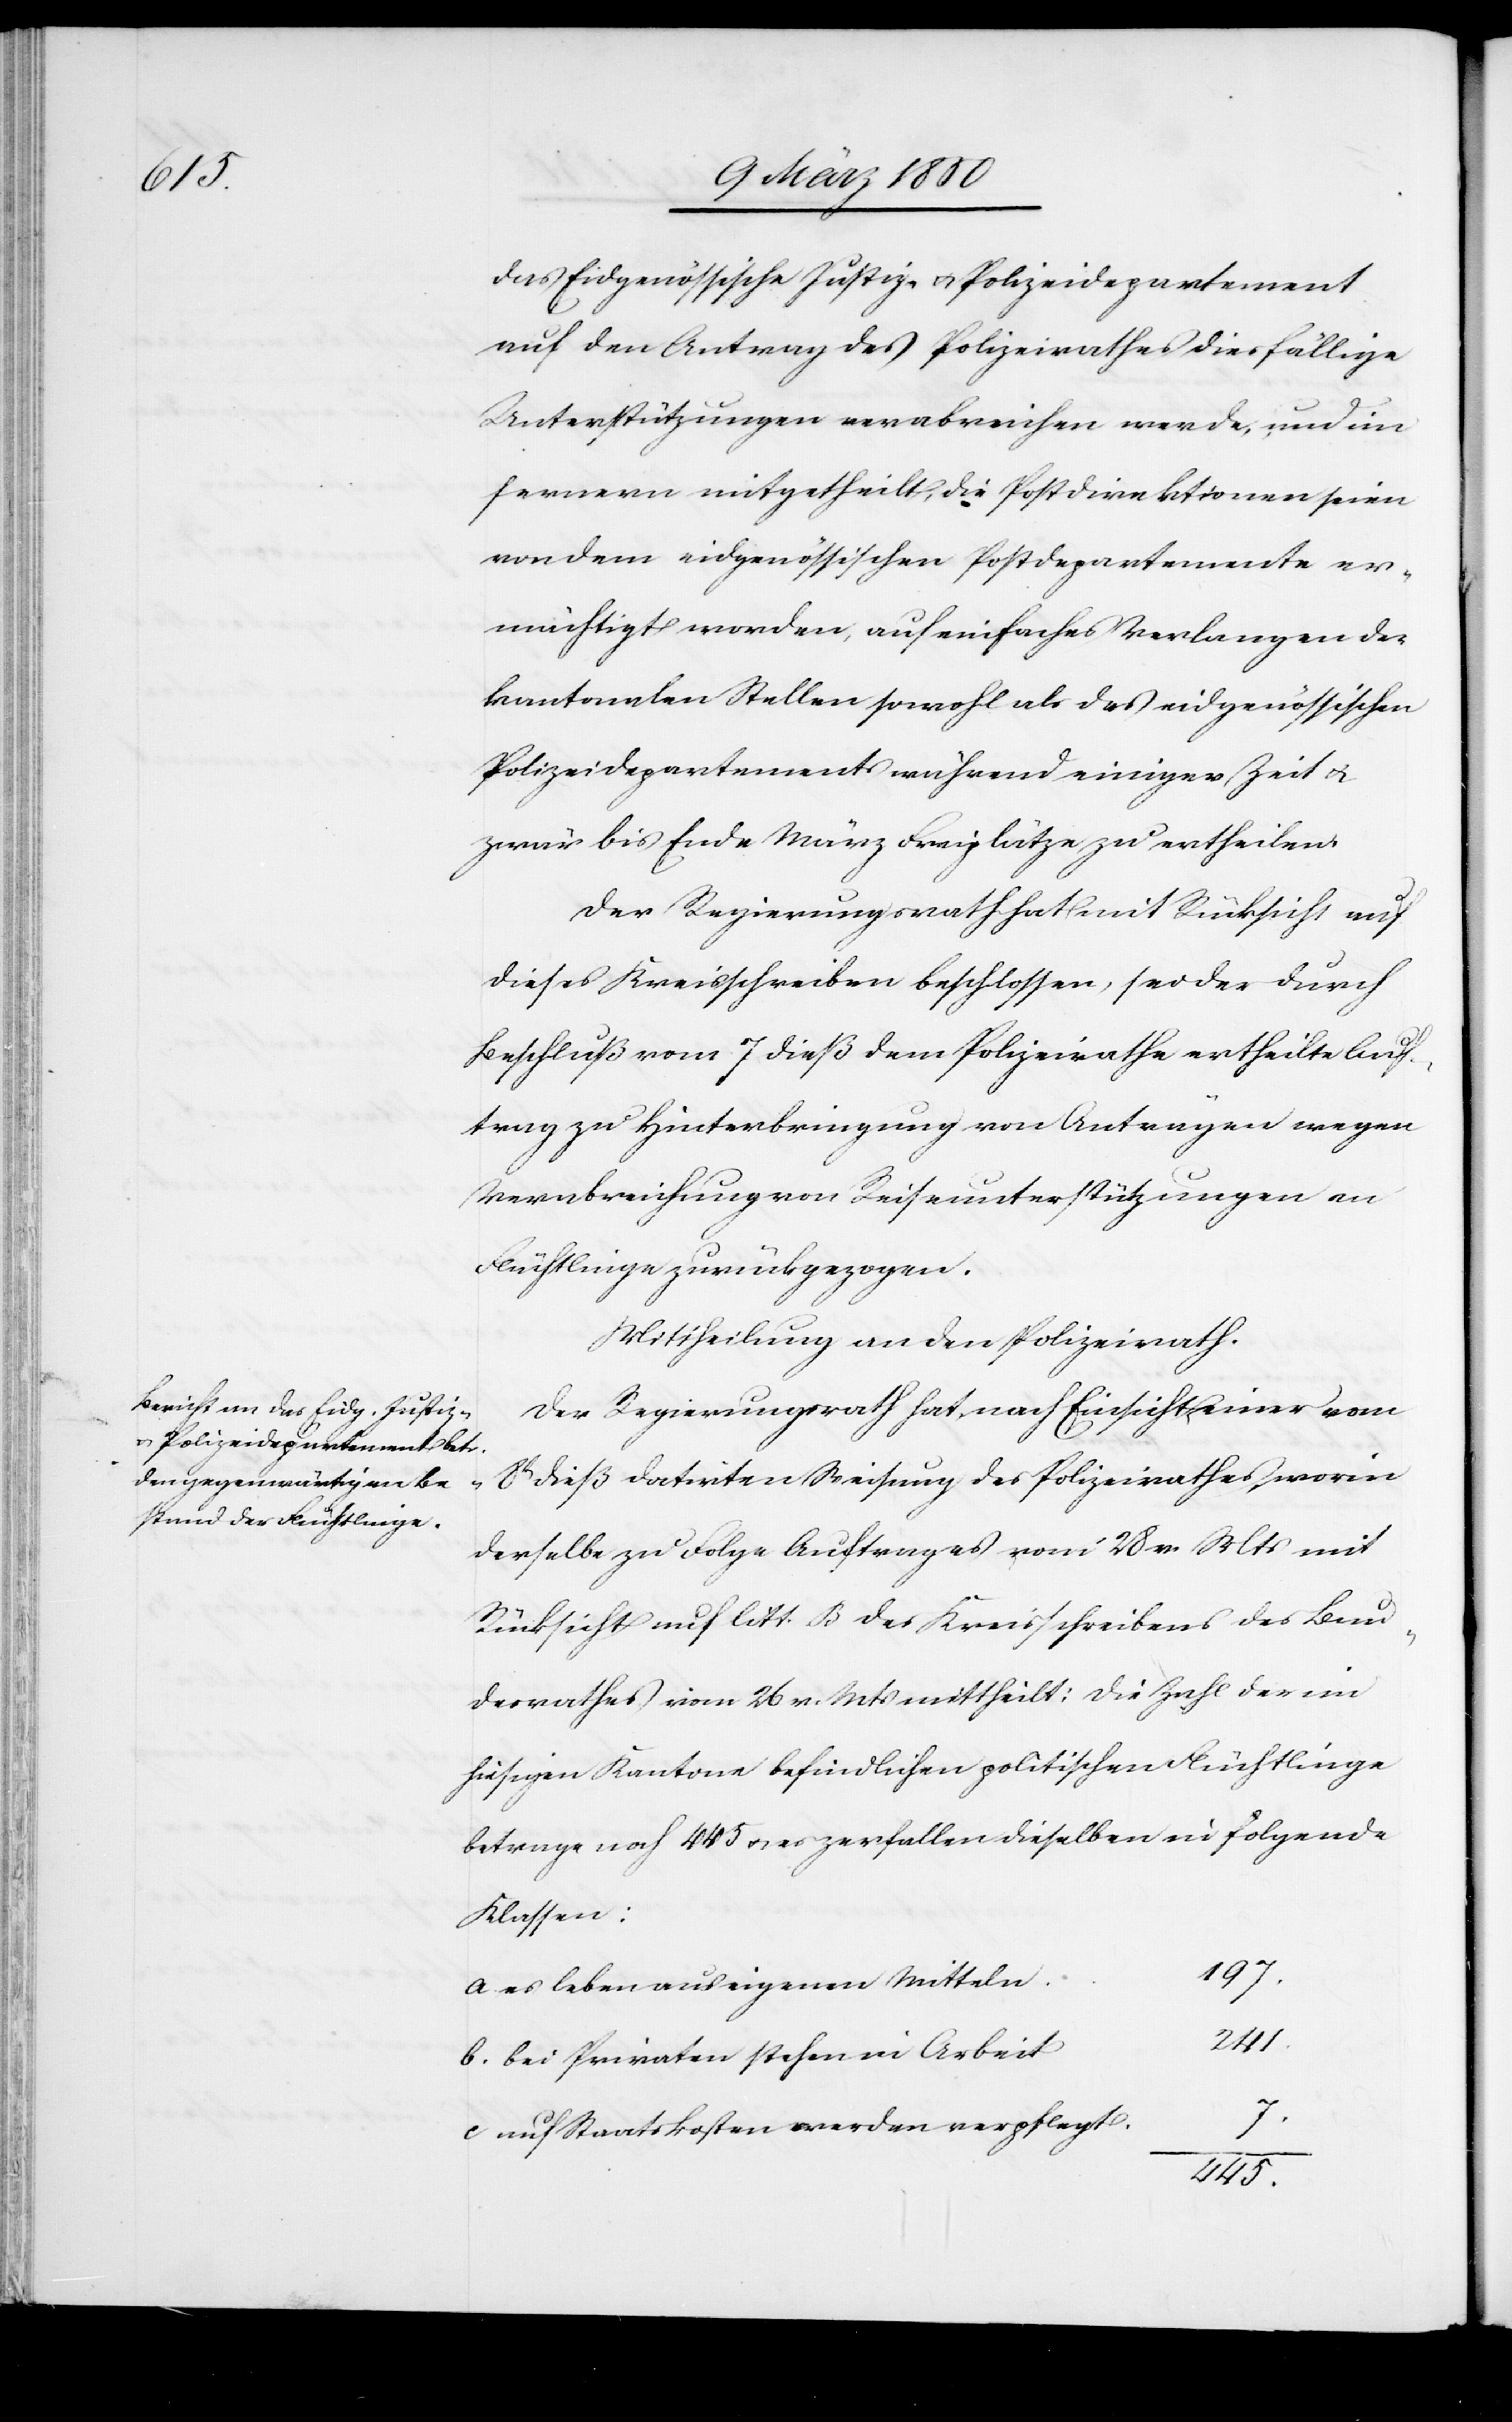
das Eidgenössische Justiz- u. Polizeidepartement
auf den Antrag des Polizeirathes diesfällige
Unterstützungen verabreichen werde, und im
fernern mitgetheilt, die Postdirektionen seien
von dem eidgenössischen Postdepartemente er¬
mächtigt worden, auf einfaches Verlangen der
kantonalen Stellen sowohl als des eidgenössischen
Polizeidepartements während einiger Zeit u.
zwar bis Ende März Freiplätze zu ertheilen.
Der Regierungsrath hat mit Rücksicht auf
dieses Kreisschreiben beschlossen, sei der durch
Beschluß vom 7 dieß dem Polizeirathe ertheilte Auf¬
trag zu Hinterbringung von Anträgen wegen
Verabreichung von Reiseunterstützungen an
Flüchtlinge zurückgezogen.
Mittheilung an den Polizeirath.
Der Regierungsrath hat, nach Einsicht einer vom
8t dieß datirten Weisung des Polizeirathes, worin
derselbe zu Folge Auftrages vom 28 v. Mts mit
Rücksicht auf litt. B des Kreisschreibens des Bun¬
desrathes vom 26 v. Mts mittheilt: Die Zahl der im
hiesigen Kantone befindlichen politischen Flüchtlinge
betrage noch 445 u. es zerfallen dieselben in folgende
Klassen:
197.
a es leben aus eigenen Mitteln
241
b. bei Privaten stehen in Arbeit
c auf Staatskosten werden verpflegt
445.